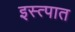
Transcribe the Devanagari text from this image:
इस्त्पात